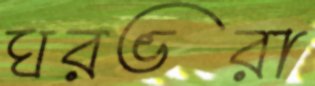
ঘরভরা